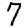
Digit: 7